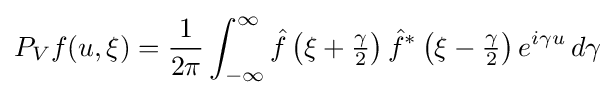
P_{V}f(u,\xi )={\frac {1}{2\pi }}\int _{-\infty }^{\infty }{\hat {f}}\left(\xi +{\tfrac {\gamma }{2}}\right){\hat {f}}^{*}\left(\xi -{\tfrac {\gamma }{2}}\right)e^{i\gamma u}\,d\gamma